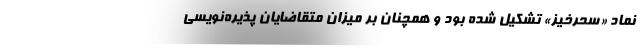
نماد «سحرخیز» تشکیل شده بود و همچنان بر میزان متقاضایان پذیره‌نویسی